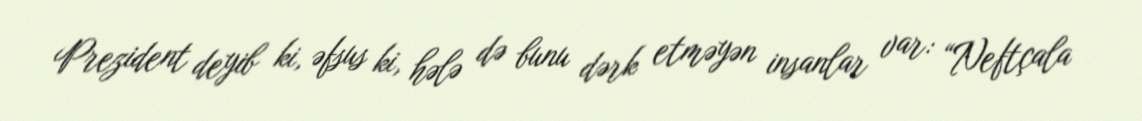
Prezident deyib ki, əfsus ki, hələ də bunu dərk etməyən insanlar var: “Neftçala